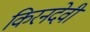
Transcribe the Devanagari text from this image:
किरनदेवी